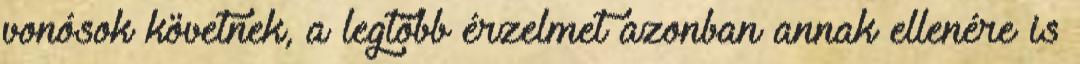
vonósok követnek, a legtöbb érzelmet azonban annak ellenére is